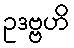
ဥဒဗ္ဗဟိ